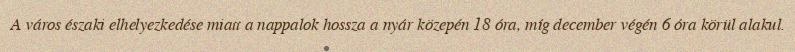
A város északi elhelyezkedése miatt a nappalok hossza a nyár közepén 18 óra, míg december végén 6 óra körül alakul.